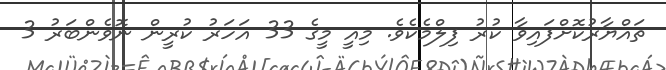
ތައްޔާރުކޮށްފައިވާ ކުރު ފިލްމެކެވެ. މިއީ މީގެ 33 އަހަރު ކުރީން ނޮވެންބަރު 3